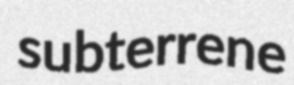
subterrene